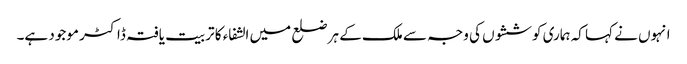
انہوں نے کہا کہ ہماری کوششوں کی وجہ سے ملک کے ہر ضلع میں الشفاء کا تربیت یافتہ ڈاکٹر موجود ہے۔